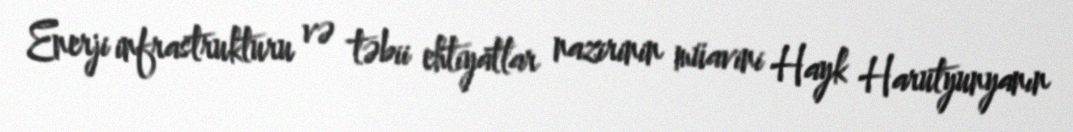
Enerji infrastrukturu və təbii ehtiyatlar nazirinin müavini Hayk Harutyunyanın